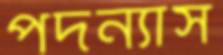
পদন্যাস